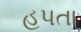
હપતા